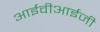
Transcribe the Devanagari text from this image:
आईवीआईजी